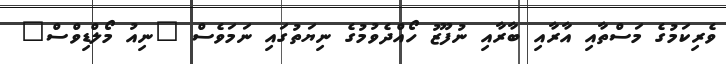
ވެރިކަމުގެ މަސްތާއި އާރާއި ބާރާއި ނުފޫޒު ހޯއްދެވުމުގެ ނިޔަތުގައި ނަމަވެސް "ނިއު މޯލްޑިވްސް"